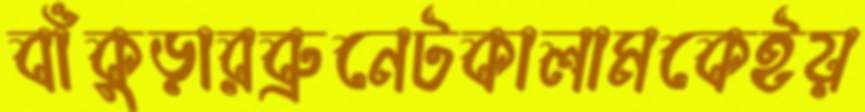
বাঁকুড়ারব্রুনেটকালামকেইয়